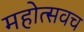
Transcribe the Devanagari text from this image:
महोत्सवच